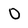
Character: O